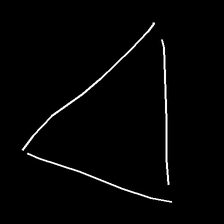
Glyph: convergence